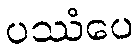
ပဿံပေ